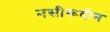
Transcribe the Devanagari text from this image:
नसीरूदीन